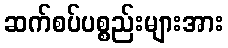
ဆက်စပ်ပစ္စည်းများအား